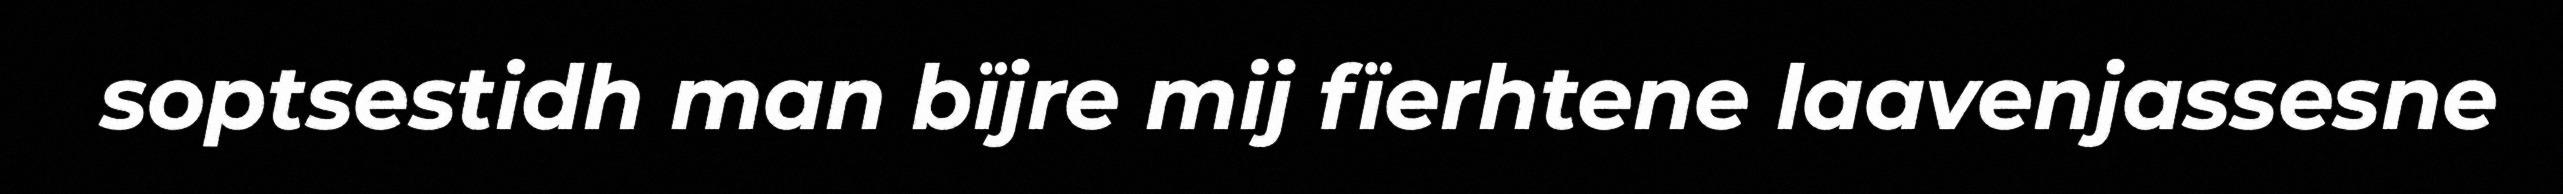
soptsestidh man bïjre mij fïerhtene laavenjassesne